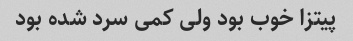
پیتزا خوب بود ولی کمی سرد شده بود